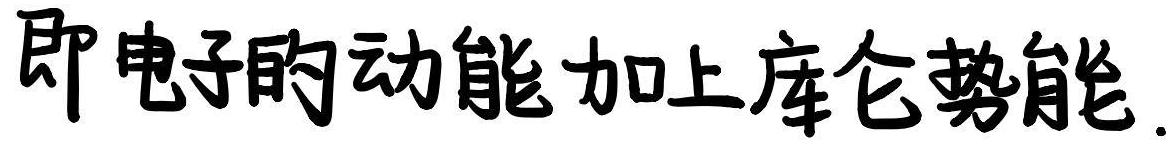
即电子的动能加上库仑势能.